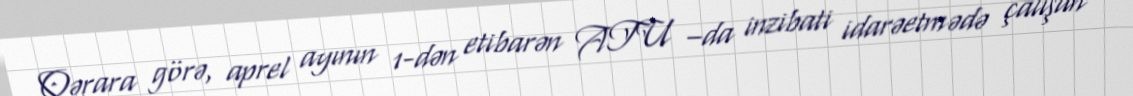
Qərara görə, aprel ayının 1-dən etibarən ATU –da inzibati idarəetmədə çalışan